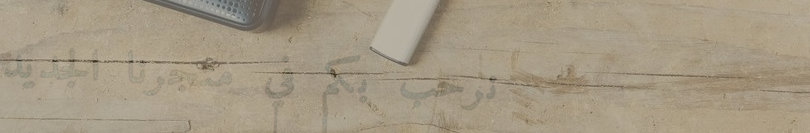
نرحب بكم في متجرنا الجديد